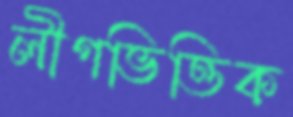
লীগভিত্তিক